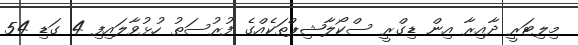
މިލިޓަރީ ދާއިރާ އިން ޑިގްރީ ސްކޯލާޝިޕްތަކެއްގެ ފުރުސަތު ހުޅުވާލައިފި 4 ގަޑި 54